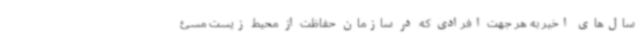
سال‌های اخیر به هر جهت افرادی که در سازمان حفاظت از محیط زیست مسئ